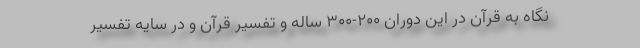
نگاه به قرآن در این دوران ۲۰۰-۳۰۰ ساله و تفسیر قرآن و در سایه تفسیر